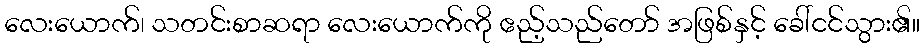
လေးယောက်၊ သတင်းစာဆရာ လေးယောက်ကို ဧည့်သည်တော် အဖြစ်နှင့် ခေါ်ငင်သွား၏။